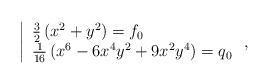
LaTeX: \begin{align*} \left| \begin{array}{l} \frac{3}{2}\left(x^2+ y^2\right)=f_0\\\frac{1}{16}\left(x^6 - 6 x^4y^2 + 9 x^2 y^4\right)=q_0\\ \end{array}\right.,\end{align*}